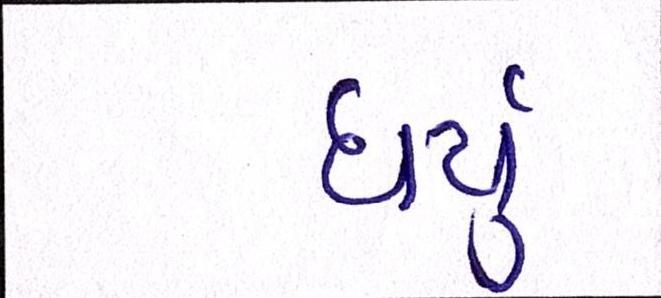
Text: ધર્યું